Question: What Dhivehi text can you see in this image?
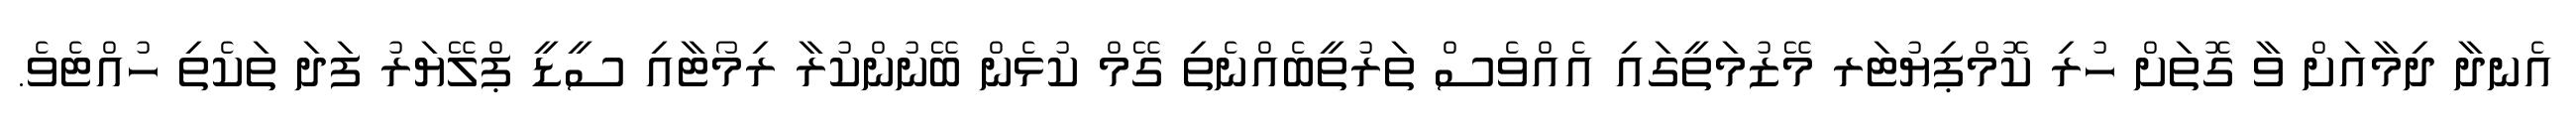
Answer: އެނދާ ދިމާއަށް ވާ ގޮތަށް ހުރި ކޮމްޕިޔުޓަރ މޭޒުމަތީގައި އެއްވެސް ތަރުތީބެއްނެތި ގޭމް ކުޅެން ބޭނުންކުރާ ރިމޯޓާއި ސީޑީ ޕްލޭޔަރު ފަދަ ތަކެތި ހުއްޓެވެ.